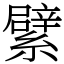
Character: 繴